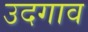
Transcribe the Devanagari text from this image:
उदगाव